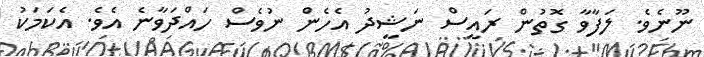
ނޫނެވެ. ލަފާވާ ގޮތުން ރައީސް ނަޝީދު އެހެން ނުވެސް ހައްދަވާނެ އެވެ. އެކަމަކު